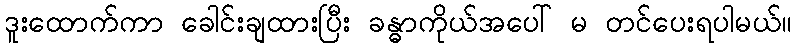
ဒူးထောက်ကာ ခေါင်းချထားပြီး ခန္ဓာကိုယ်အပေါ် မ တင်ပေးရပါမယ်။